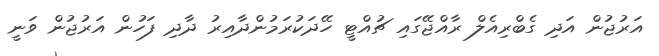
އަރުޖުން އަދި ގެބްރިއެލް ރާއްޖޭގައި ޗުއްޓީ ހޭދަކުރަމުންދާއިރު ދާދި ފަހުން އަރުޖުން ވަނީ